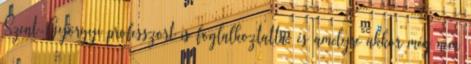
Szent-Györgyi professzort is foglalkoztatta, és amelyre akkor még nem